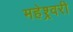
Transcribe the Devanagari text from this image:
महेश्र्वरी